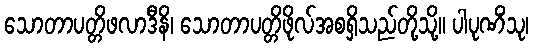
သောတာပတ္တိဖလာဒီနိ၊ သောတာပတ္တိဖိုလ်အစရှိသည်တို့သို့။ ပါပုဏိံသု၊